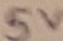
Text: 5V